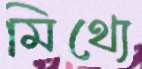
মিথ্যে